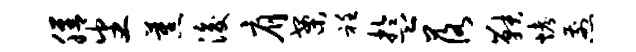
膳番蕉浚肩案衽盂落鞅烤煎